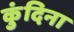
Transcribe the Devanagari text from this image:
कुंदिना